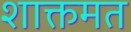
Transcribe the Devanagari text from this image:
शाक्तमत